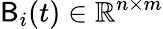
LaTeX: {\sf B}_{i}(t)\in\mathbb{R}^{n\times m}